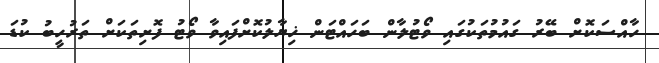
ހާއްސަކޮށް ބޭރު ގައުމުތަކުގައި ވޯޓުލާން ބަހައްޓަން ޚިޔާލުކޮށްފައިވާ ވޯޓު ފޮށިތަކަށް ތަރުހީބު ކުޑަ